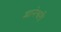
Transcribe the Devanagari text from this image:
द्न्यानेश्वरी